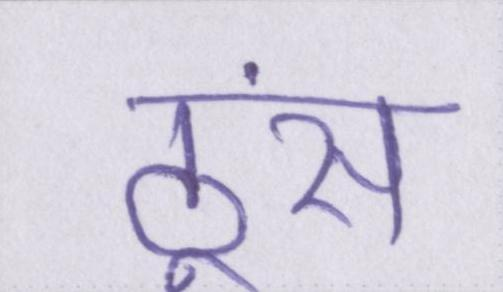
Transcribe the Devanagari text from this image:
ठूंस